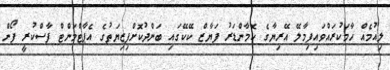
ލިއުމެއް ހާމަކުރައްވައިފިމާލޭ އޭރިޔާގެ ކޮމާންޑަރު ފަޔާޒް ކޭކޭގައި ބަންދުކޮށްފިޒިޔަތުގެ އެޕާޓްމަންޓް ފާސްކުރީ ފޯން